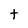
Character: t